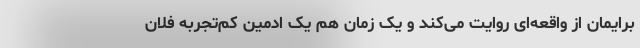
برایمان از واقعه‌ای روایت می‌کند و یک زمان هم یک ادمین کم‌تجربه فلان